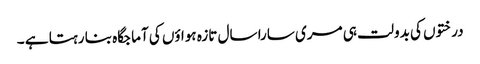
درختوں کی بدولت ہی مری سارا سال تازہ ہواؤں کی آماجگاہ بنا رہتا ہے ۔